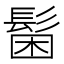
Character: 𩭋